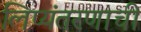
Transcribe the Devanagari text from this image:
लिप्यंतरणाची